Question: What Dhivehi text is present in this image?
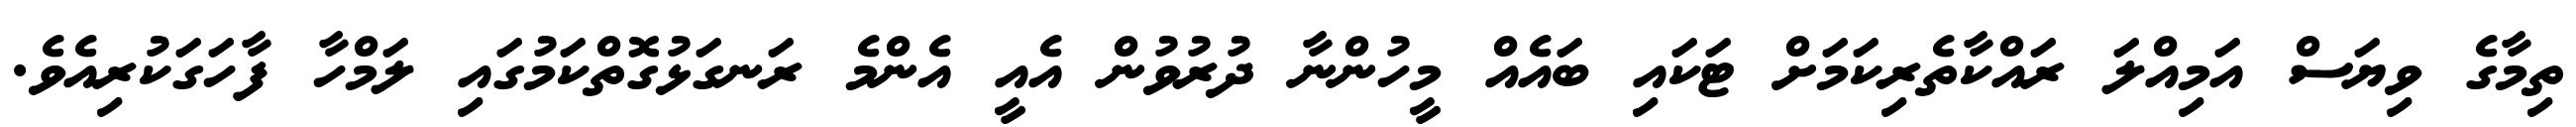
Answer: ތިމާގެ ވިޔަސް އަމިއްލަ ރައްކާތެރިކަމަށް ޓަކައި ބައެއް މީހުންނާ ދުރުވުން އެއީ އެންމެ ރަނގަޅުގޮތްކަމުގައި ލަމްހާ ފާހަގަކުރިއެވެ.